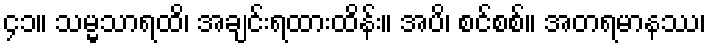
၄၁။ သမ္မသာရထိ၊ အချင်းရထားထိန်း။ အပိ၊ စင်စစ်။ အတရမာနဿ၊